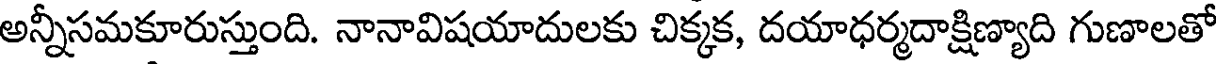
అన్నీసమకూరుస్తుంది. నానావిషయాదులకు చిక్కక, దయాధర్మదాక్షిణ్యాది గుణాలతో